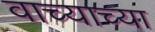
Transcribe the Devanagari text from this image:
वाच्याच्या